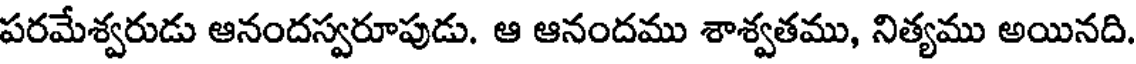
పరమేశ్వరుడు ఆనందస్వరూపుడు. ఆ ఆనందము శాశ్వతము, నిత్యము అయినది